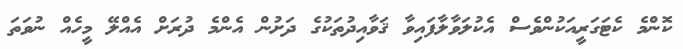
ކޮންމެ ކެޓަގަރީއަކުންވެސް އެކުލަވާލާފައިވާ ޤަވާއިދުތަކުގެ ދަށުން އެންމެ ދުރަށް އެއްލޭ މީހެއް ނުވަތަ